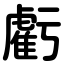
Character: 虧